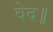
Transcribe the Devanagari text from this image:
वेद॥